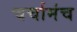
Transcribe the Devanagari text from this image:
चर्चामंच